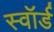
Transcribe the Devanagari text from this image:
स्‍वॉर्ड